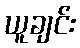
ယူချင်း